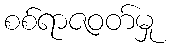
စစ်ရာဇဝတ်မှု